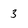
Character: 3